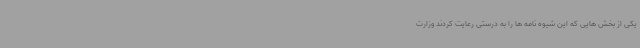
یکی از بخش هایی که این شیوه نامه ها را به درستی رعایت کردند وزارت